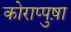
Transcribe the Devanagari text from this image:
कोराप्पुष़ा